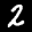
Label: 2